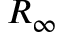
R _ { \infty }